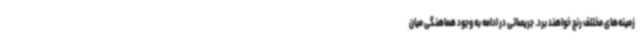
زمینه‌های مختلف رنج خواهند برد. جریصاتی در ادامه به وجود هماهنگی میان